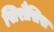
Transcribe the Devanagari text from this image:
सिरौसिस